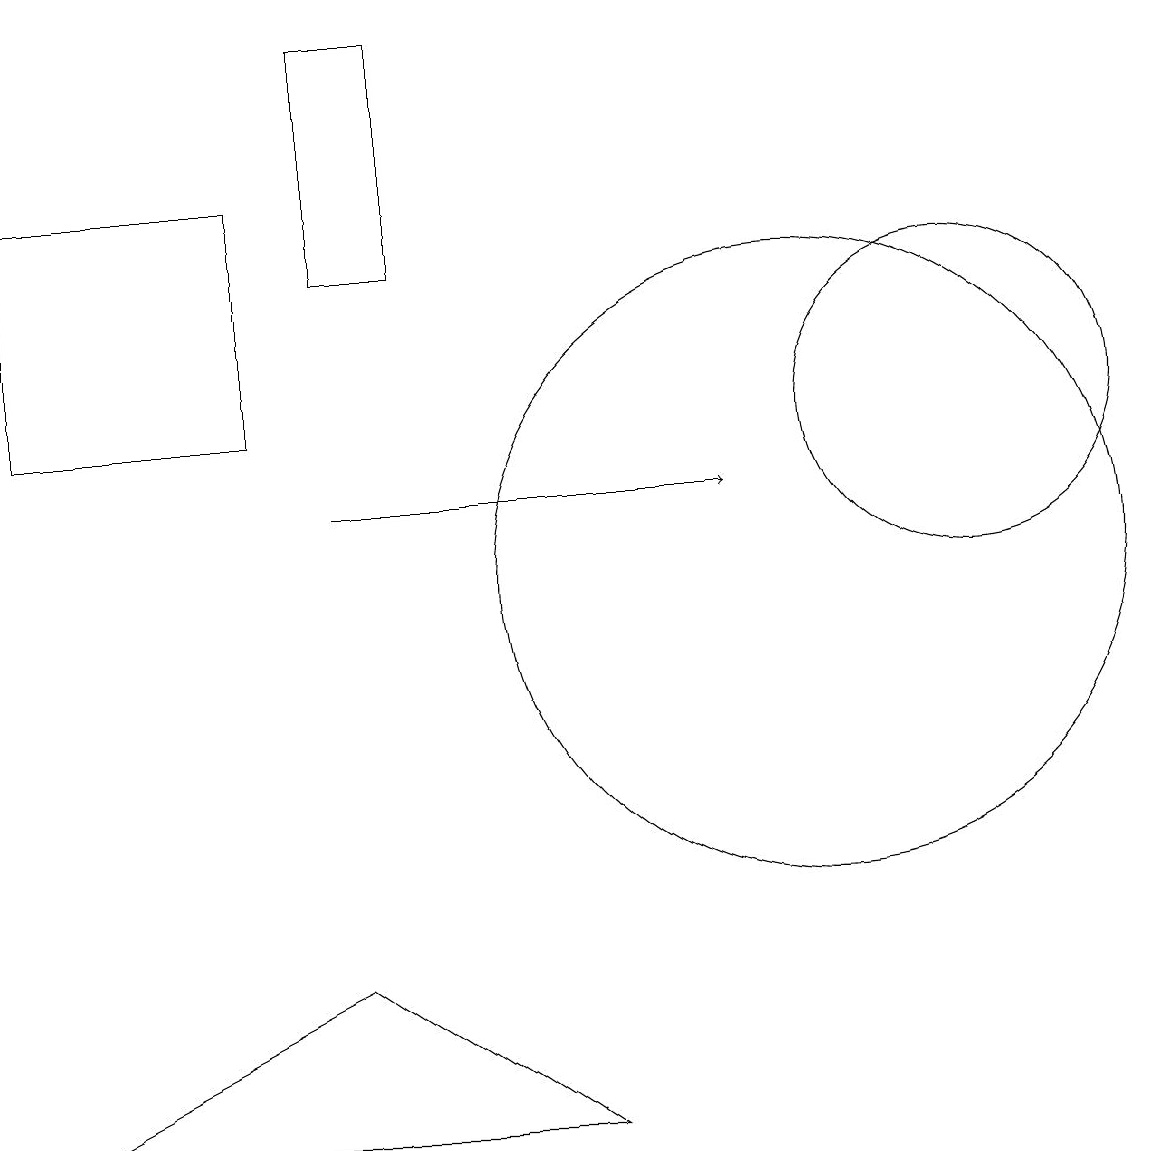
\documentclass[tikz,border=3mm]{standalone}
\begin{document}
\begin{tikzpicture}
\draw[->] (4,11) -- (9,11);
\draw (0,15) rectangle (3,12);
\draw (0,3) -- (4,5) -- (7,3) -- cycle;
\draw (12,12) circle (2);
\draw (10,10) circle (4);
\draw (4,14) rectangle (5,17);
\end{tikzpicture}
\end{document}